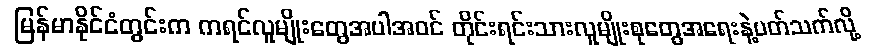
မြန်မာနိုင်ငံတွင်းက ကရင်လူမျိုးတွေအပါအဝင် တိုင်းရင်းသားလူမျိုးစုတွေအရေးနဲ့ပတ်သက်လို့